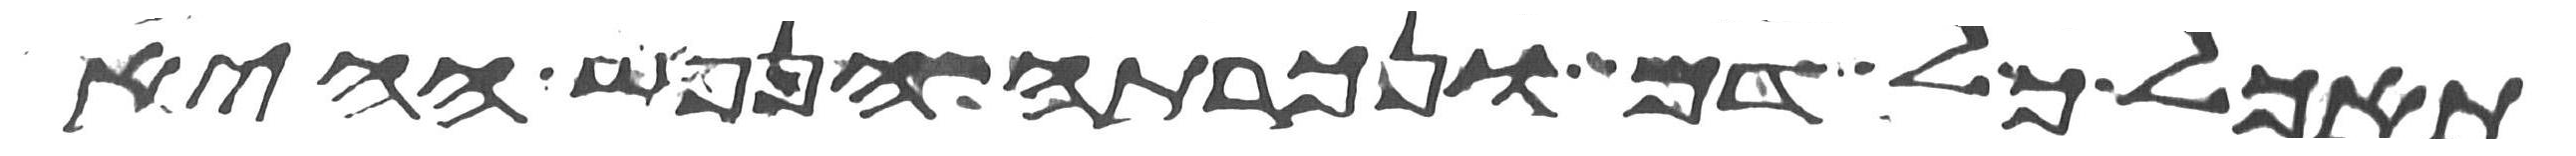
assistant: תאכל כל דם ונכרתה הנפש ההיא